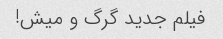
فیلم جدید گرگ و میش!